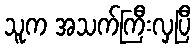
သူက အသက်ကြီးလှပြီ